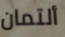
ألتمان